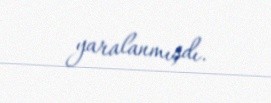
yaralanmışdı.